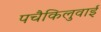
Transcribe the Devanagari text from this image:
पचैकिलुवाई